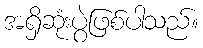
အရှိဆုံးပွဲဖြစ်ပါသည်။